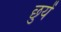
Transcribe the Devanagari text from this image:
छुयें